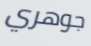
جوهري